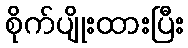
စိုက်ပျိုးထားပြီး